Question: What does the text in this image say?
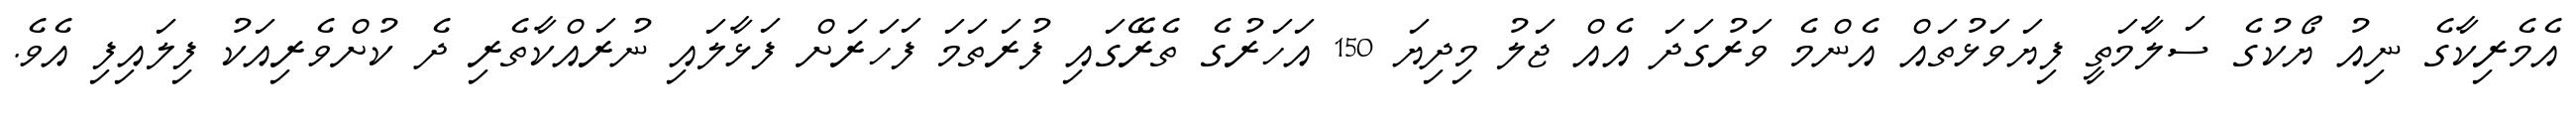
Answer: އެމެރިކާގެ ނިއު ޔޯކުގެ ސަލާމަތީ ފިޔަވަޅުތައް އެންމެ ވަރުގަދަ އެއް ޖަލު މިދިޔަ 150 އަހަރުގެ ތެރޭގައި ފުރަތަމަ ފަހަރަށް ފަޅާލައި ނުރައްކާތެރި ދެ ކުށްވެރިއަކު ފިލައިފި އެވެ.